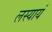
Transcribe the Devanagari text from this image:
लस्यायं